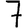
Digit: 7